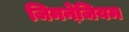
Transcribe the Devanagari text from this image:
जिमनेजि़यम